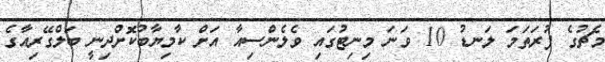
މެޗުގެ ފުރަތަމަ ލަނޑު 10 ވަނަ މިނިޓުގައި ވެލެންސިއާ އަށް ކާމިޔާބުކޮށްދިނީ ބަލްގޭރިއާގެ